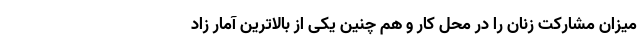
میزان مشارکت زنان را در محل کار و هم چنین یکی از بالاترین آمار زاد